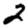
Digit: 2